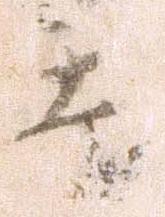
遠